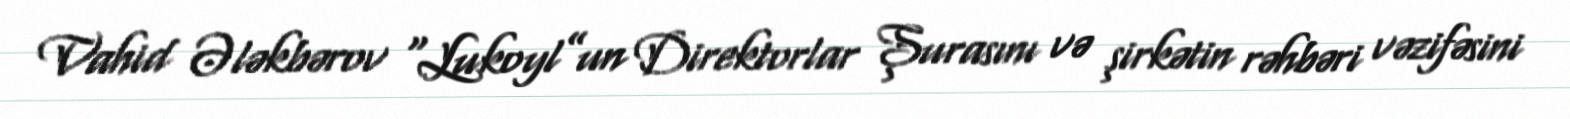
Vahid Ələkbərov “Lukoyl”un Direktorlar Şurasını və şirkətin rəhbəri vəzifəsini